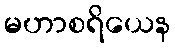
မဟာစရိယေန